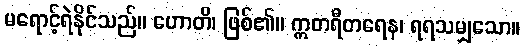
မရောင့်ရဲနိုင်သည်။ ဟောတိ၊ ဖြစ်၏။ ဣတရီတရေန၊ ရရသမျှသော။